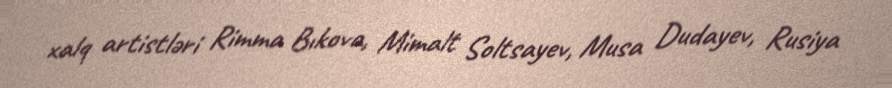
xalq artistləri Rimma Bıkova, Mimalt Soltsayev, Musa Dudayev, Rusiya